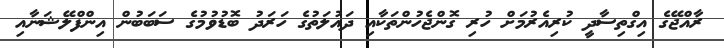
ރާއްޖޭގެ އިގްތިސާދީ ކުރިއެރުމަށް ހުރި ގޮންޖެހުންތަކާއި ދައުލަތުގެ ހަރަދު ބޮޑުވުމުގެ ސަބަބުން އިންފްލޭޝަނާއި